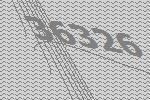
36326